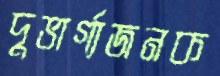
দুভার্গ্যজনক